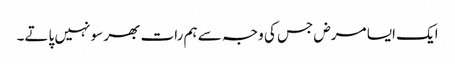
ایک ایسا مرض جس کی وجہ سے ہم رات بھر سو نہیں پاتے۔